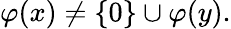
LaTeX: \varphi(x)\neq\{ 0\} \cup\varphi(y).